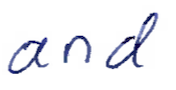
Text: and
Cross-out: clean
Writing tool: ballpoint